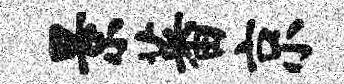
景蕃京